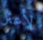
لأعثر